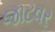
જાટવર